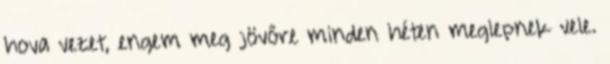
hova vezet, engem meg jövőre minden héten meglepnek vele.